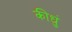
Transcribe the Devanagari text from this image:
कीधुं